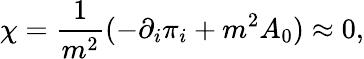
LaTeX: \chi=\frac{1}{m^{2}}(-\partial_{i}\pi_{i}+m^{2}A_{0})\approx 0,